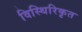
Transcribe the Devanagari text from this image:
विस्थिरिकृत